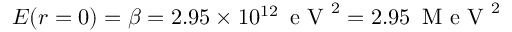
E ( r = 0 ) = \beta = 2 . 9 5 \times 1 0 ^ { 1 2 } \, \mathrm { ~ e ~ V ~ } ^ { 2 } = 2 . 9 5 \, \mathrm { ~ M ~ e ~ V ~ } ^ { 2 }